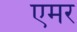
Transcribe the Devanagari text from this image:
एमर